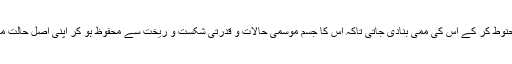
مصر میں مردے کی لاش کو حنوط کر کے اس کی ممی بنادی جاتی تاکہ اس کا جسم موسمی حالات و قدرتی شکست و ریخت سے محفوظ ہو کر اپنی اصل حالت میں ہی اگلی دنیا تک پہنچ سکے۔